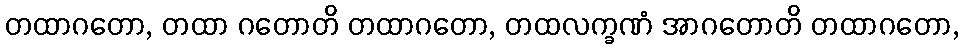
တထာဂတော, တထာ ဂတောတိ တထာဂတော, တထလက္ခဏံ အာဂတောတိ တထာဂတော,